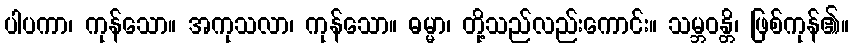
ပါပကာ၊ ကုန်သော။ အကုသလာ၊ ကုန်သော။ ဓမ္မာ၊ တို့သည်လည်းကောင်း။ သမ္ဘဝန္တိ၊ ဖြစ်ကုန်၏။